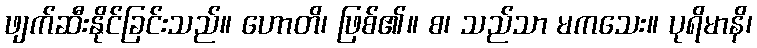
ဖျက်ဆီးနိုင်ခြင်းသည်။ ဟောတိ၊ ဖြစ်၏။ စ၊ သည်သာ မကသေး။ ပုရိမာနိ၊